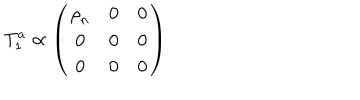
LaTeX: T _ { 1 } ^ { a } \propto \left( \begin{matrix} { { { \bf \rho } _ { n } } } & { { { \bf 0 } } } & { { 0 } } \\ { { { \bf 0 } } } & { { { \bf 0 } } } & { { 0 } } \\ { { 0 } } & { { 0 } } & { { 0 } } \\ \end{matrix} \right)